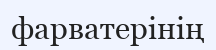
фарватерінің